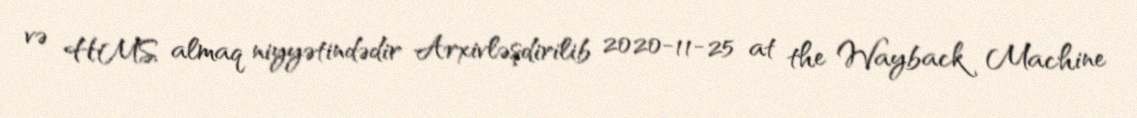
və HMS almaq niyyətindədir Arxivləşdirilib 2020-11-25 at the Wayback Machine